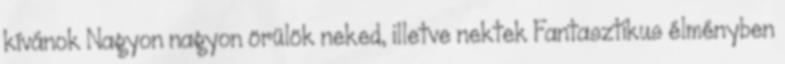
kívánok Nagyon nagyon örülök neked, illetve nektek Fantasztikus élményben